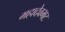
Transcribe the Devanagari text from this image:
महादेवभट